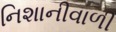
નિશાનીવાળી